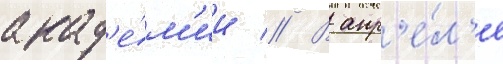
акад'е́м'ии // В апр'е́л'е